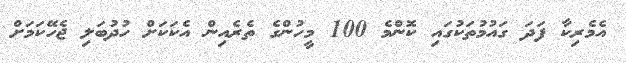
އެމެރިކާ ފަދަ ގައުމުތަކުގައި ކޮންމެ 100 މީހުންގެ ތެރެއިން އެކަކަށް ހުދުބަލި ޖެހޭކަމަށް